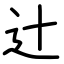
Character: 辻